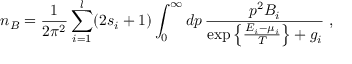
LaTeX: n _ { B } = { \frac { 1 } { 2 \pi ^ { 2 } } } \sum _ { i = 1 } ^ { l } ( 2 s _ { i } + 1 ) \int _ { 0 } ^ { \infty } d p \, { \frac { p ^ { 2 } B _ { i } } { \exp \left\{ { \frac { E _ { i } - \mu _ { i } } { T } } \right\} + g _ { i } } } \ ,